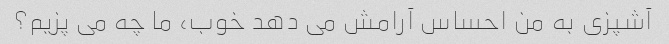
آشپزی به من احساس آرامش می دهد خوب، ما چه می پزیم؟